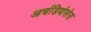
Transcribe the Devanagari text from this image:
आर्चडियोसेस